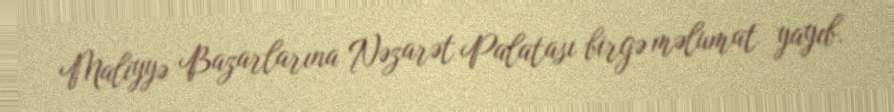
Maliyyə Bazarlarına Nəzarət Palatası birgə məlumat yayıb.